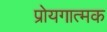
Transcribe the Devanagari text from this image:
प्रोयगात्मक